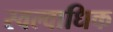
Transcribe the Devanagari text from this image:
स्वल्वाधिक